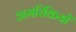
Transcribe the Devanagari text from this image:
अमरिकियों